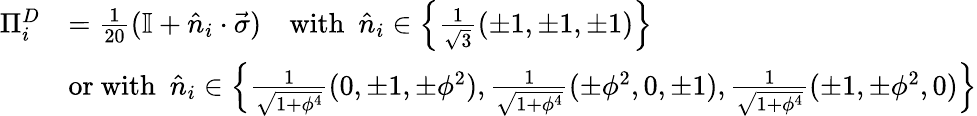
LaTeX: \begin{array}{rl}{{\Pi}_{i}^{D}}&{=\frac{1}{20}(\mathbb{I}+\hat{n}_{i}\cdot\vec{\sigma})~~~~\mathrm{with}~~\hat{n}_{i}\in\left\{ \frac{1}{\sqrt{3}}(\pm 1,\pm 1,\pm 1)\right\} }\\ &{\mathrm{or~with}~~\hat{n}_{i}\in\left\{ \frac{1}{\sqrt{1+\phi^{4}}}(0,\pm 1,\pm\phi^{2}),\frac{1}{\sqrt{1+\phi^{4}}}(\pm\phi^{2},0,\pm 1),\frac{1}{\sqrt{1+\phi^{4}}}(\pm 1,\pm\phi^{2},0)\right\} }\end{array}